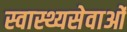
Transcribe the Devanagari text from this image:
स्वास्थ्यसेवाओं